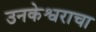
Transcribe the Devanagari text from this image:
उनकेश्वराचा